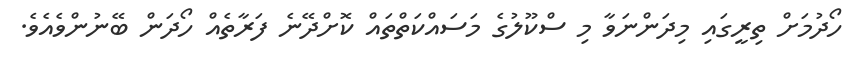
ހޯދުމަށް ތިރީގައި މިދަންނަވާ މި ސްކޫލުގެ މަސައްކަތްތައް ކޮށްދޭނެ ފަރާތެއް ހޯދަން ބޭނުންވެއެވެ.